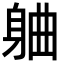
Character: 𬧣